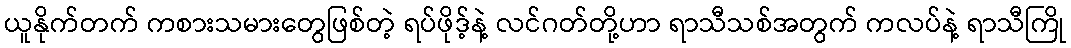
ယူနိုက်တက် ကစားသမားတွေဖြစ်တဲ့ ရပ်ဖိုဒ့်နဲ့ လင်ဂတ်တို့ဟာ ရာသီသစ်အတွက် ကလပ်နဲ့ ရာသီကြို